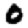
Digit: 0